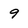
Character: 9